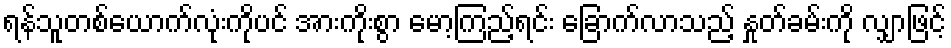
ရန်သူတစ်ယောက်လုံးကိုပင် အားကိုးစွာ မော့ကြည့်ရင်း ခြောက်လာသည့် နှုတ်ခမ်းကို လျှာဖြင့်